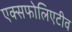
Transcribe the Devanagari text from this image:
एक्सफोलिएटीव